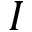
I